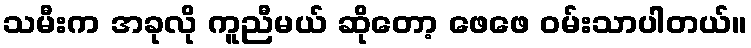
သမီးက အခုလို ကူညီမယ် ဆိုတော့ ဖေဖေ ဝမ်းသာပါတယ်။